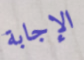
الإجابة